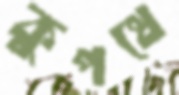
কুপথে